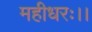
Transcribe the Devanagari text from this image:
महीधरः।।